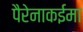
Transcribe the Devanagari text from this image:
पैरेनाकईमा